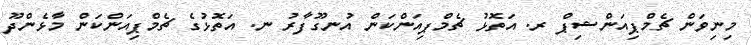
މިނިވަން ޗެމްޕިއަންޝިޕް ރ. އަތޮޅު ޗެމްޕިއަންކަން އުނގޫފާރު ނ. އަތޮޅުގެ ޗެމްޕިއަންކަން މާޅެންދޫ